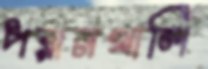
পরানখালি